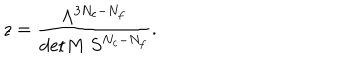
z = \frac { \Lambda ^ { 3 N _ { c } - N _ { f } } } { \mathrm { d e t } M \ S ^ { N _ { c } - N _ { f } } } .